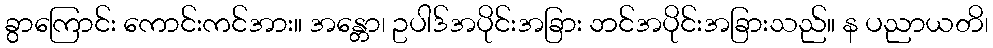
ခွာကြောင်း ကောင်းကင်အား။ အန္တော၊ ဥပါဒ်အပိုင်းအခြား ဘင်အပိုင်းအခြားသည်။ န ပညာယတိ၊